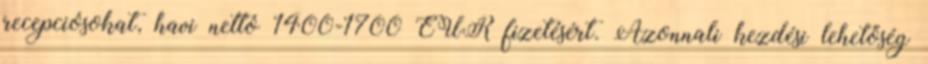
recepciósokat, havi nettó 1400-1700 EUR fizetésért. Azonnali kezdési lehetőség